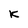
Character: K